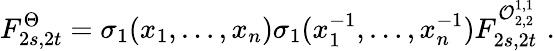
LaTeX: F_{2s,2t}^{\Theta}=\sigma_{1}(x_{1},\ldots,x_{n})\sigma_{1}(x_{1}^{-1},\ldots,x_{n}^{-1})F_{2s,2t}^{{\cal O}_{2,2}^{1,1}}\, \, .